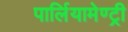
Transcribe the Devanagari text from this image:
पार्लियामेण्ट्री